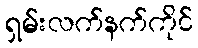
ရှမ်းလက်နက်ကိုင်